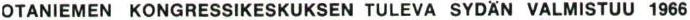
OTANIEMEN KONGRESSIKESKUKSEN TULEVA SYDÄN VALMISTUU 1966